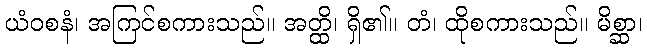
ယံဝစနံ၊ အကြင်စကားသည်။ အတ္ထိ၊ ရှိ၏။ တံ၊ ထိုစကားသည်။ မိစ္ဆာ၊